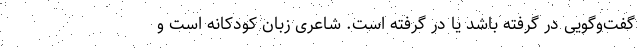
گفت‌وگویی در گرفته باشد یا در گرفته است. شاعریْ زبان کودکانه است و